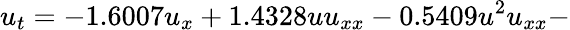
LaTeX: u_{t}=-1.6007u_{x}+1.4328uu_{xx}-0.5409u^{2}u_{xx}-